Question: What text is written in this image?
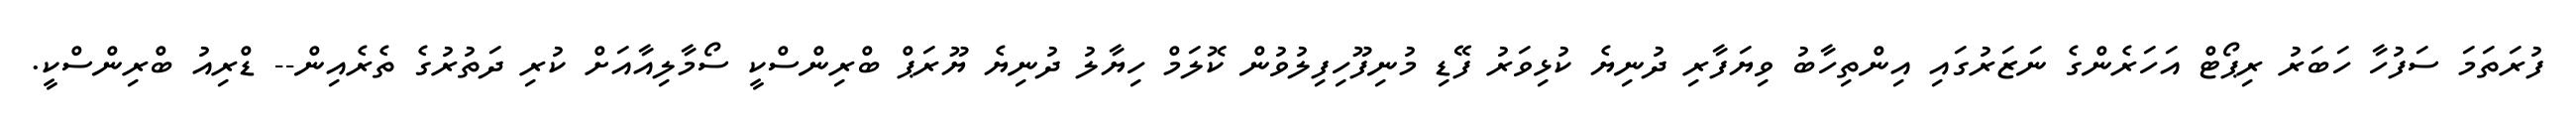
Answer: ފުރަތަމަ ސަފުހާ ހަބަރު ރިޕޯޓް އަހަރެންގެ ނަޒަރުގައި އިންތިހާބު ވިޔަފާރި ދުނިޔެ ކުޅިވަރު ފޭޑި މުނިފޫހިފިލުވުން ކޮލަމް ހިޔާލު ދުނިޔެ ޔޫރަޕް ބްރިންސްކީ ސޯމާލިއާއަށް ކުރި ދަތުރުގެ ތެރެއިން-- ޑްރިއު ބްރިންސްކީ.